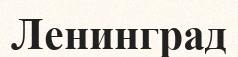
Ленинград